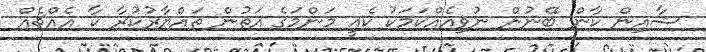
ޝާއިން ކާން ބޭނުން ނުވިއެއްކަމަކު ކެެއީ މަންމަގެ އަތުން ތައްޔާރުކުރާ ކާ އެއްޗެއް